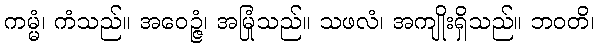
ကမ္မံ၊ ကံသည်။ အဝေဉ္ဇံ၊ အမြုံသည်။ သဖလံ၊ အကျိုးရှိသည်။ ဘဝတိ၊